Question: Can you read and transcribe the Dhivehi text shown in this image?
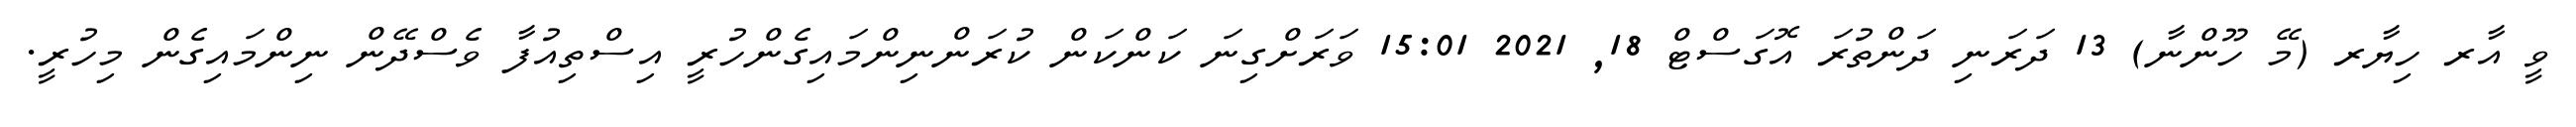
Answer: ވީ އާރ ހިޔާރ (މޭ ހޫންނާ) 13 ދަރަނި ދަންތުރަ އޮގަސްޓް 18, 2021 15:01 ވަރަށްގިނަ ކަންކަން ކުރަންނިންމައިގެންހުރީ އިސްތިއުފާ ވެސްދޭން ނިންމައިގެން މިހުރީ.